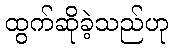
ထွက်ဆိုခဲ့သည်ဟု